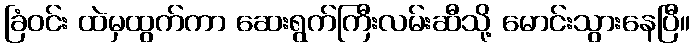
ခြံဝင်း ထဲမှထွက်ကာ ဆေးရွက်ကြီးလမ်းဆီသို့ မောင်းသွားနေပြီ။